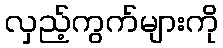
လှည့်ကွက်များကို